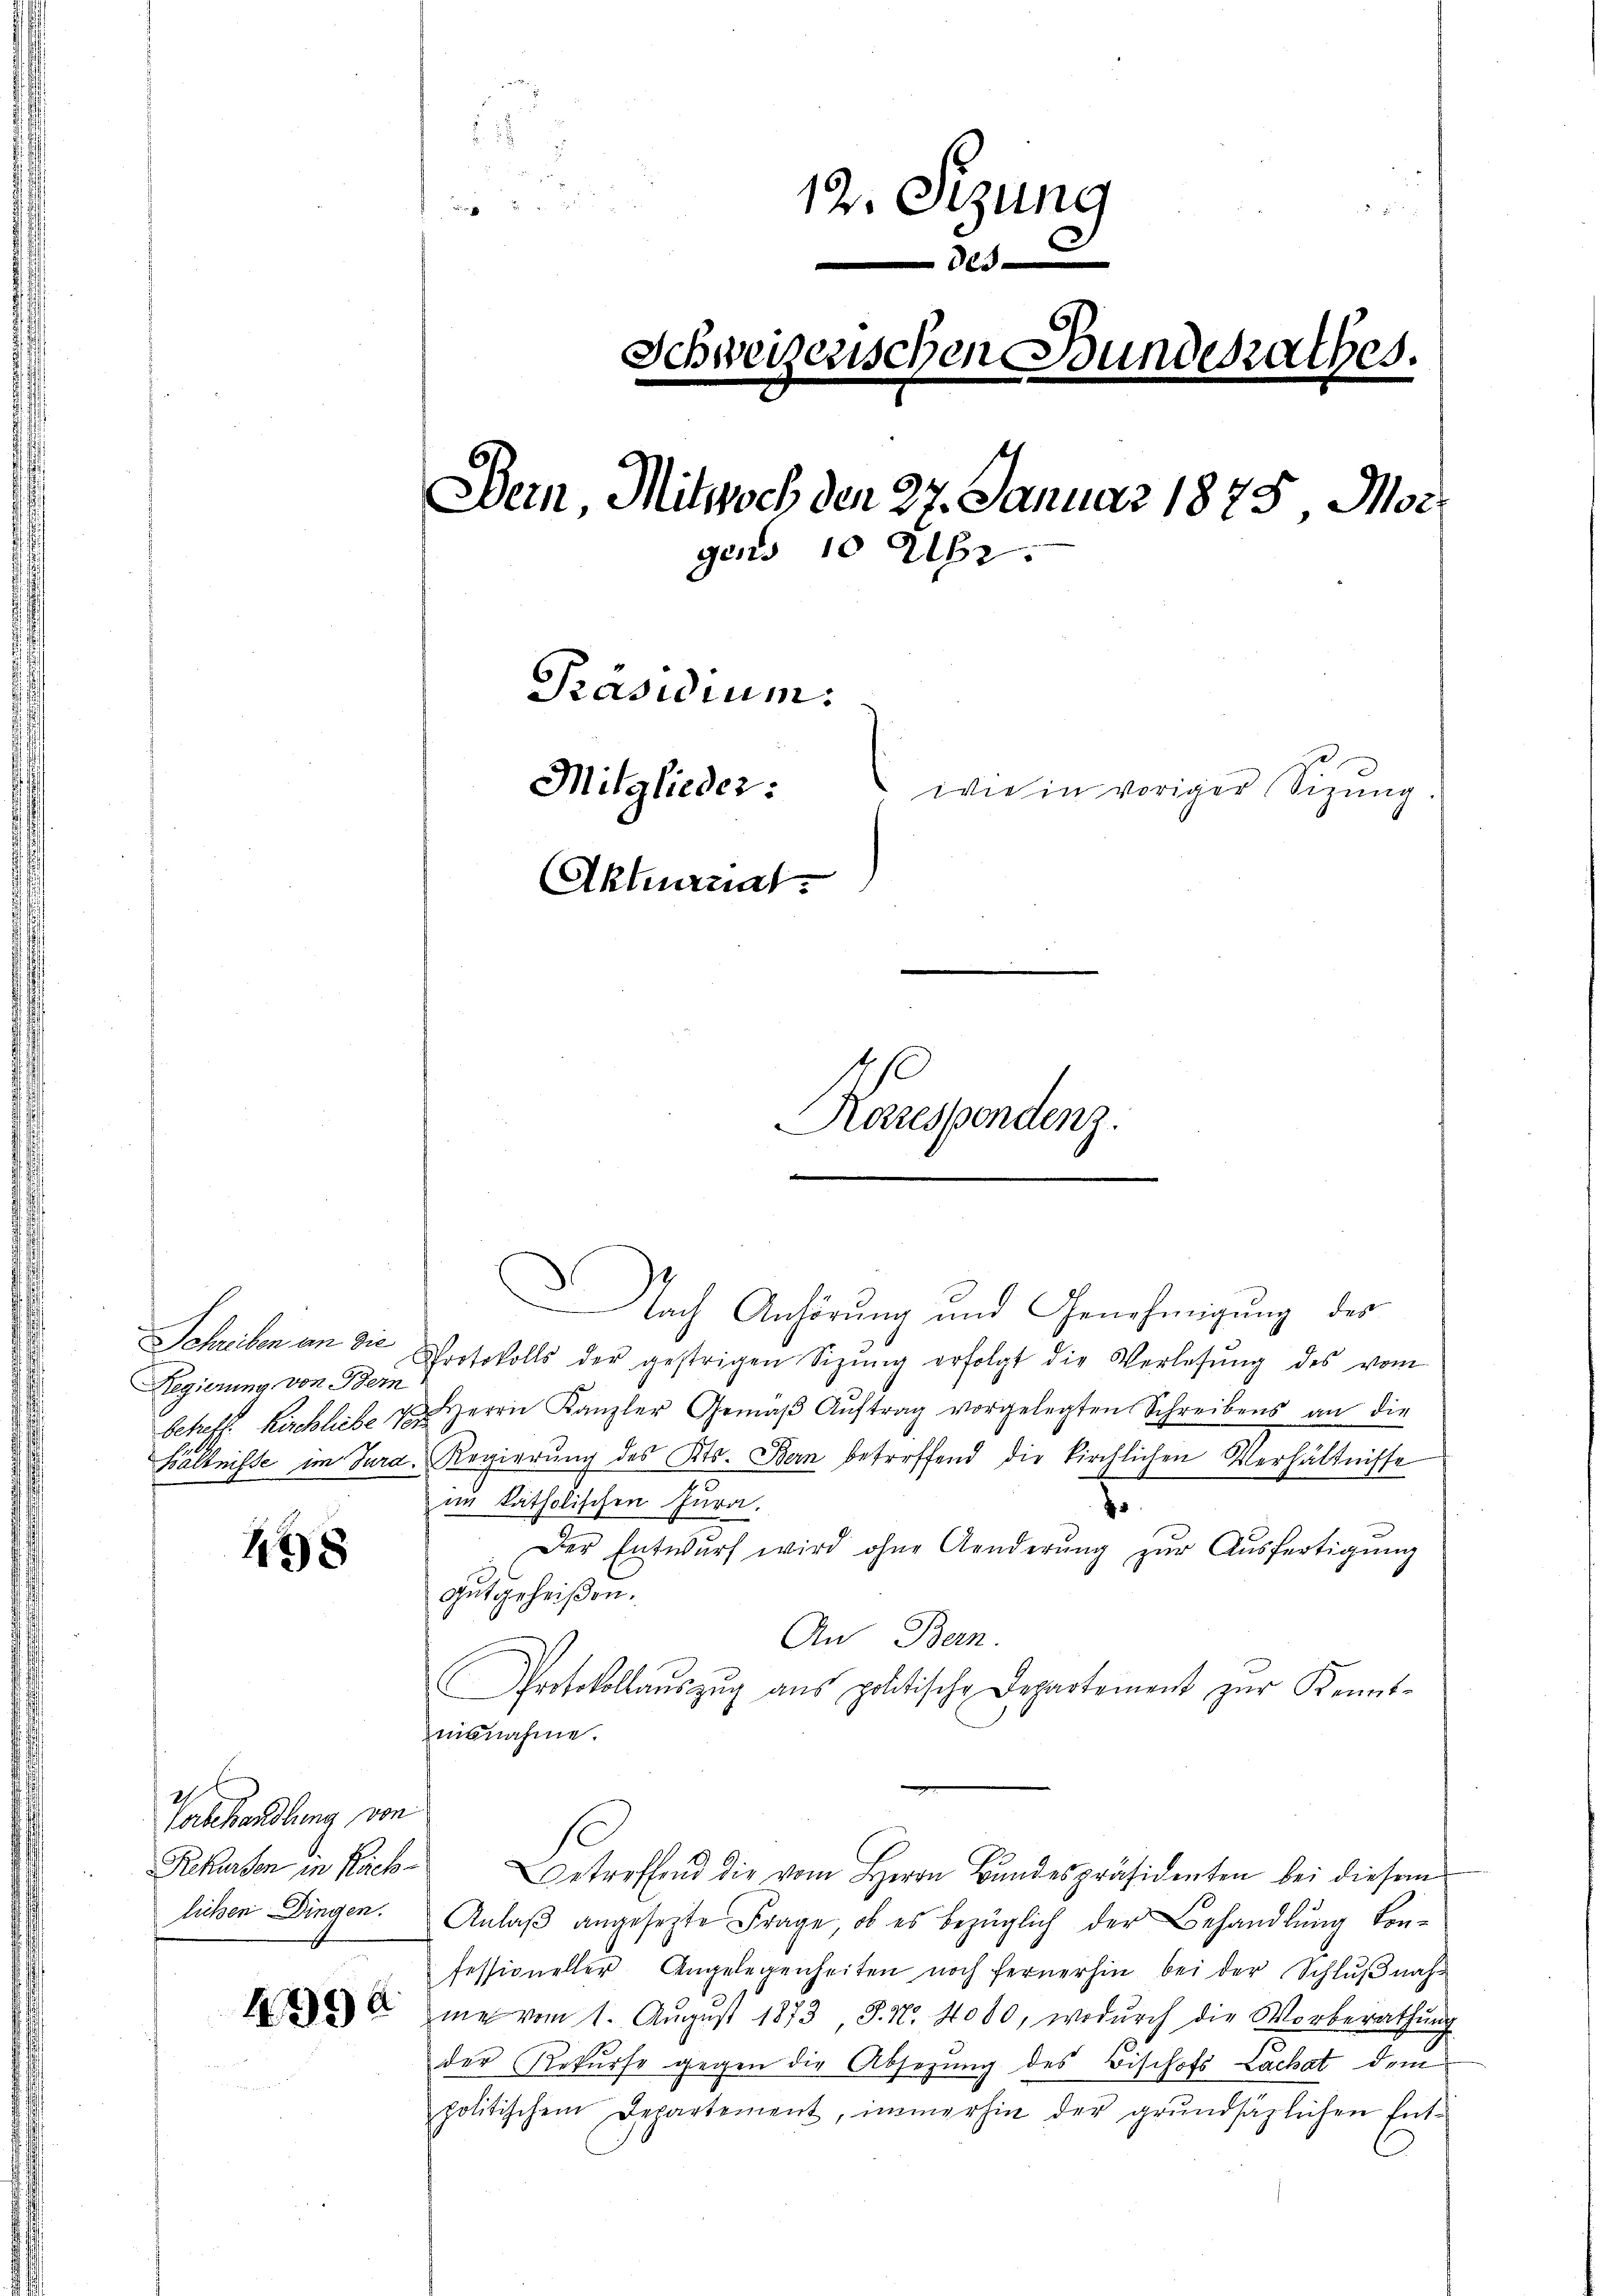
Schreiben an die
Regierung, von Bern
betreff. Kirchliebe Ver
hältnisse im Jura.

448

21
Vorbehandlung von
Rekursen in Rücklichen Dingen.

1994

g

 30 x
12. Sizung

5
Schweizerischen Bundesrathes.
¬
Dein, Mitwoch den 27. Januar 1875, Morgens 10 Uhr.
Präsidium.
Mitglieder:
wie in voriger Sizung.
Aktuariat.
.
Karespondenz.

Nach Anhörung und Genehmigung der
Protokolls der gestrigen Sizŭng erfolgt die Verlesung des vom
Herrn Kanzler Gemäβ Aŭftrag vorgelegten Schreibens an die
Regierŭng des Kts. Bern betreffend die kirchlichen Verhältnisse
im katholischen Jura,
.
Der Entwŭrf wird ohne Aenderŭng zŭr Aŭsfertigŭng
Gutgeheißen.
An Bern.
Protokollaŭszŭg aŭs politische Departement zŭr Kennt-
nisnahme.
Betreffend die vom Herrn Bundespräsidenten bei diesem
Anlaβ angesezte Frage, ob es bezüglich der Behandlung kon-
fessioneller Angelegenheiten noch fernerhin bei der Schlŭβnah-
me vom 1. Aŭgŭst 1873 J. N. 4000, wodŭrch die Vorberathŭng
der Rekurse gegen die Absetzung des Bischofs Lachat dem
politischem Departement, immerhin der grundsätzlichen Ent¬